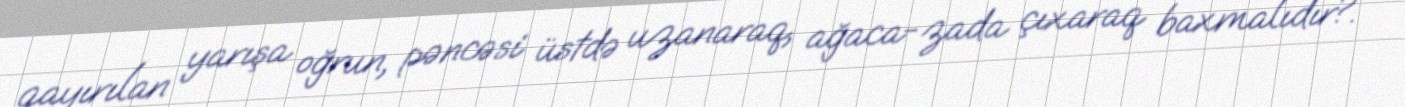
qayırılan yarışa oğrun, pəncəsi üstdə uzanaraq, ağaca-zada çıxaraq baxmalıdır?.